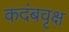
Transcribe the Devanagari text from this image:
कदंबवृक्ष